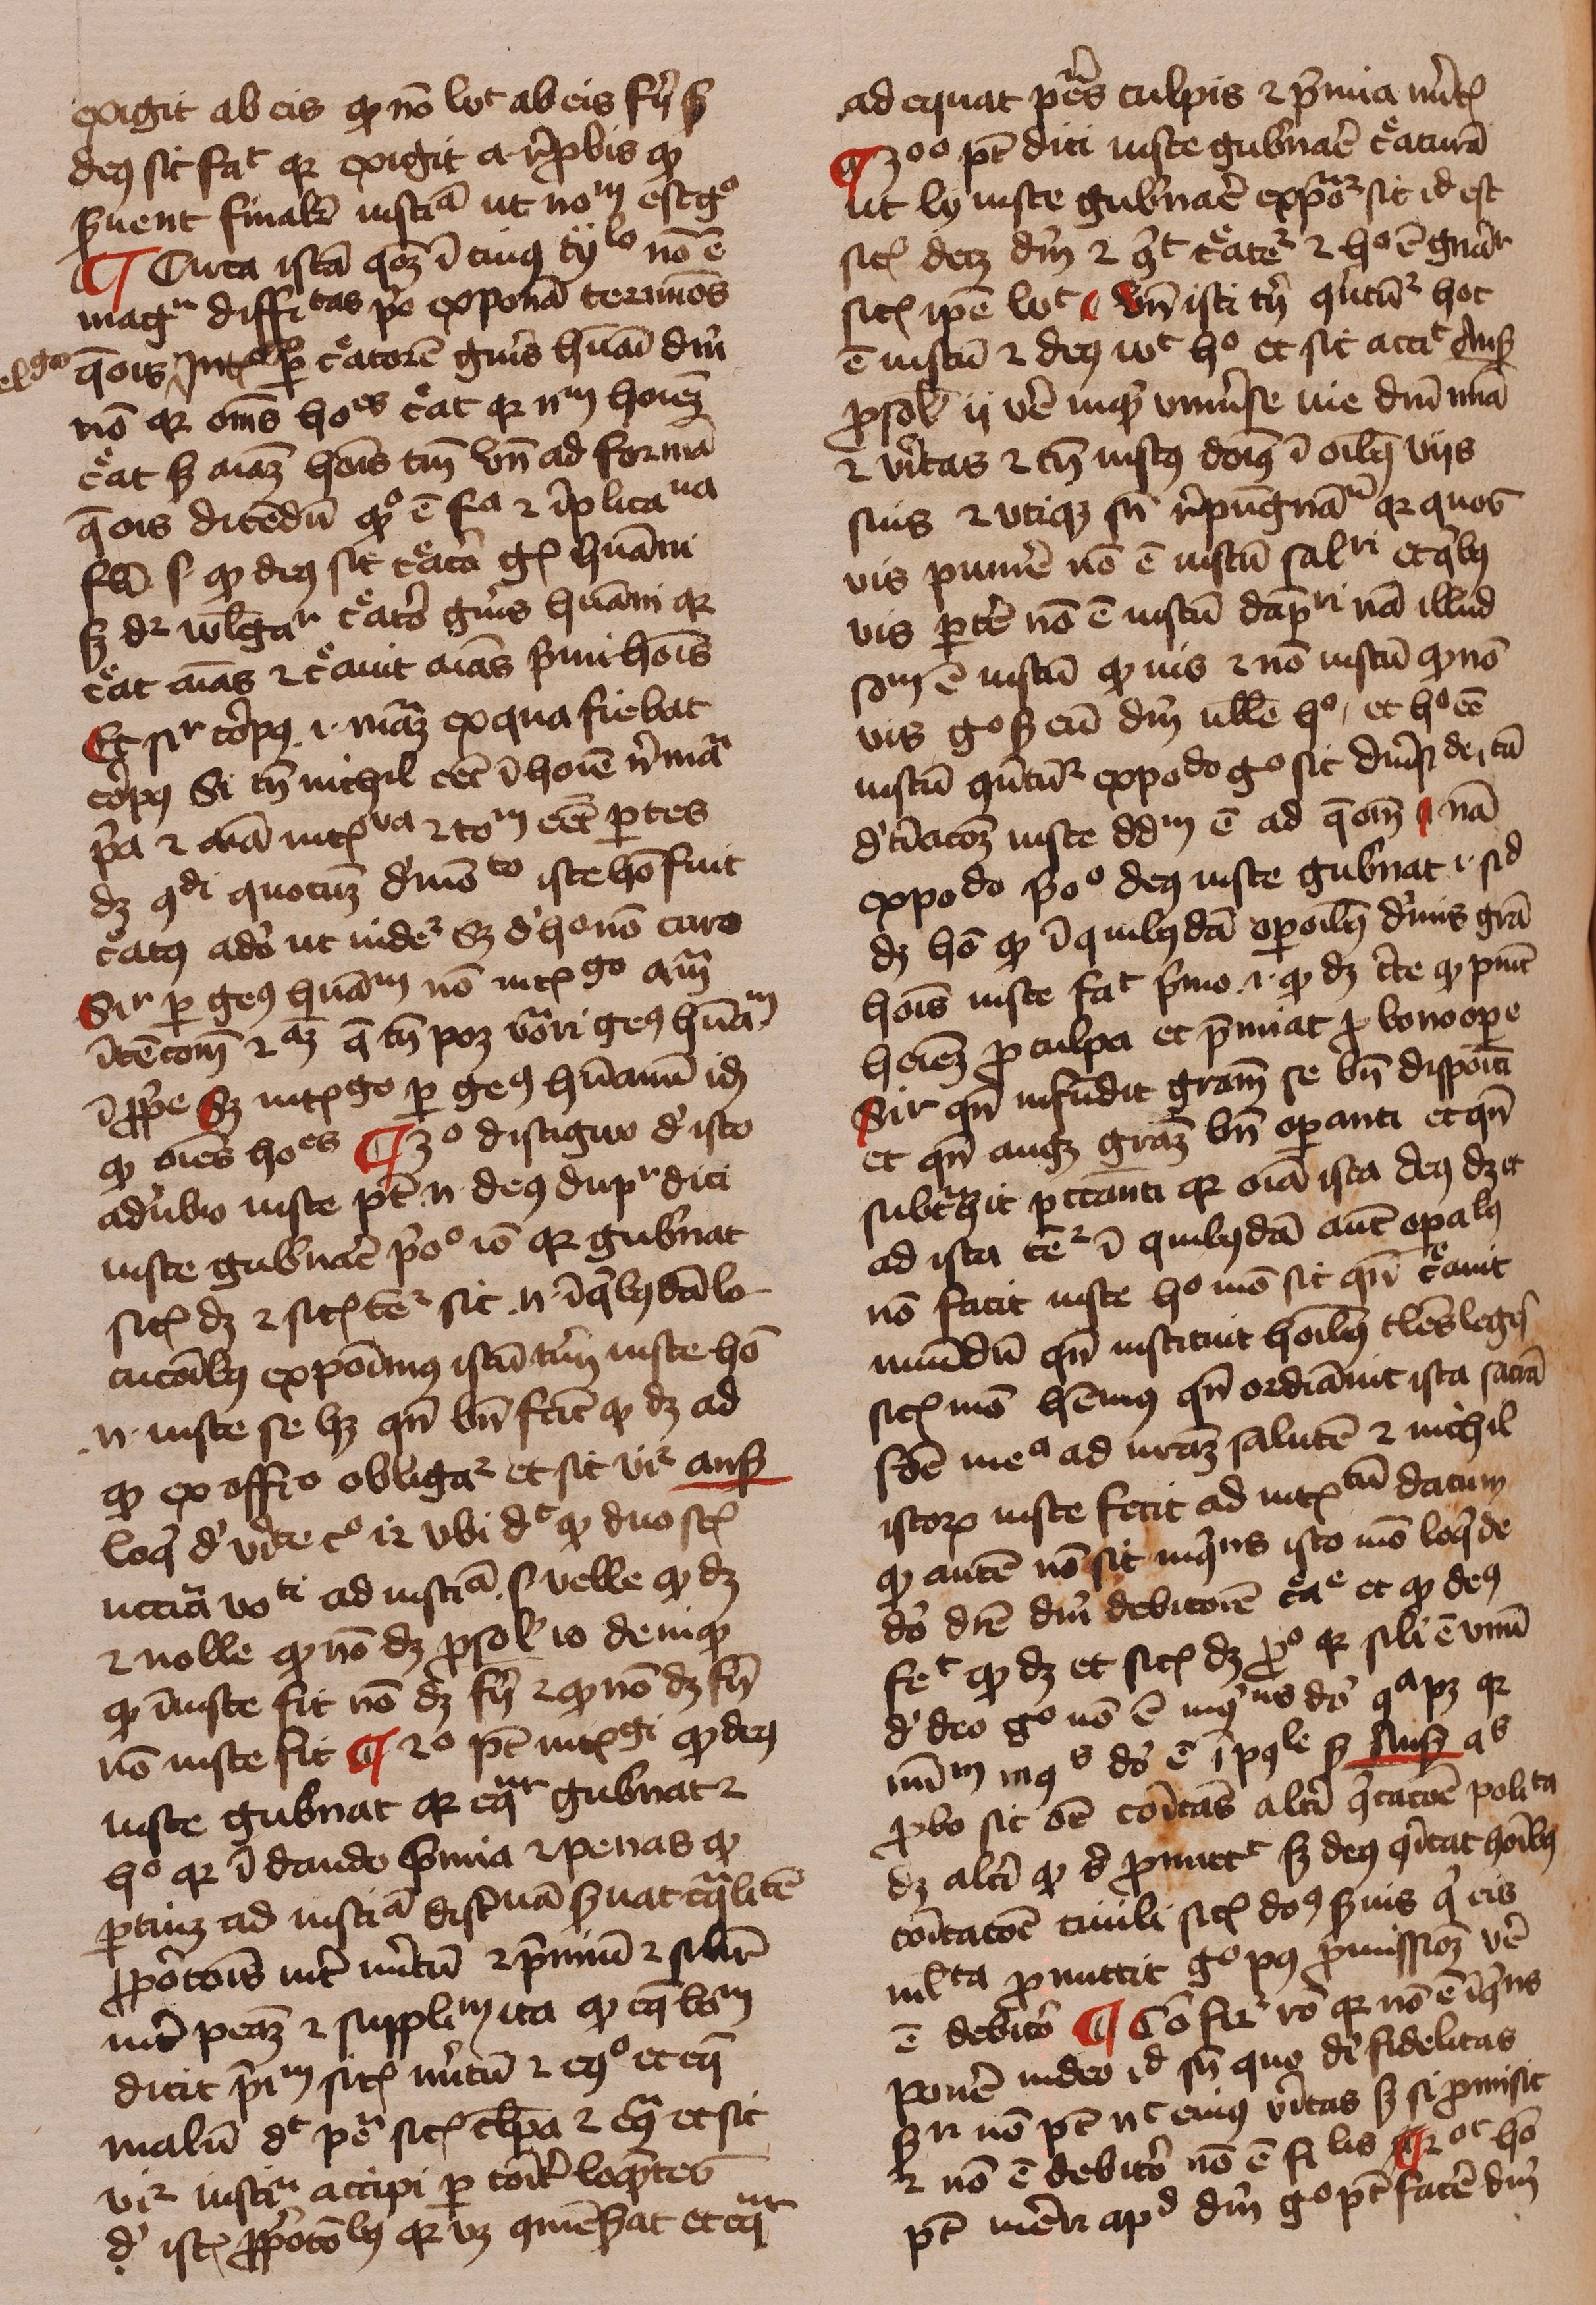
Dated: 1429–1431